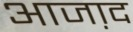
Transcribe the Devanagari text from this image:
आजा़द